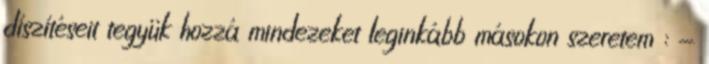
díszítéseit tegyük hozzá mindezeket leginkább másokon szeretem : -